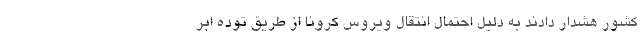
کشور هشدار دادند به دلیل احتمال انتقال ویروس کرونا از طریق توده ابر